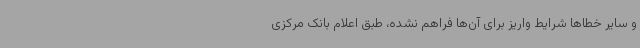
و سایر خطاها شرایط واریز برای آن‌ها فراهم نشده، طبق اعلام بانک مرکزی